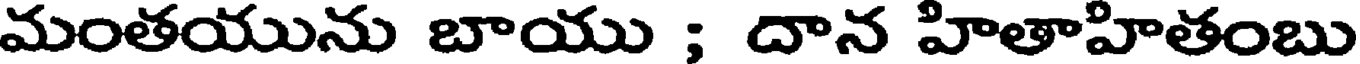
మంతయును బాయు ; దాన హితాహితంబు